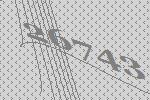
26743